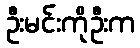
ဦးမင်းကိုဦးက